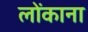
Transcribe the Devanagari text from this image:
लोंकाना